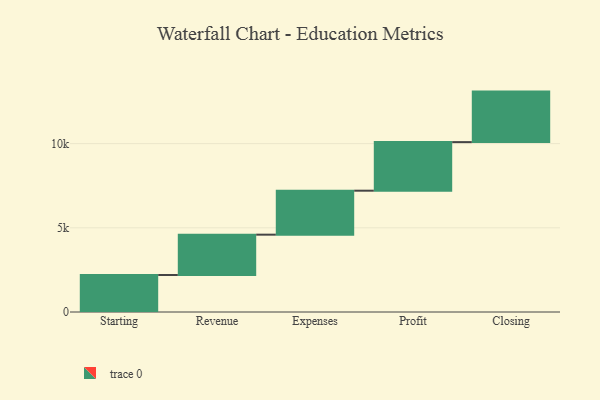
{"axis": {"x": "Step", "y": "Value"}, "legend": [""], "data": [{"x": "Starting", "y": 2197.0, "type": ""}, {"x": "Revenue", "y": 2396.0, "type": ""}, {"x": "Expenses", "y": 2611.0, "type": ""}, {"x": "Profit", "y": 2885.0, "type": ""}, {"x": "Closing", "y": 3000, "type": ""}]}